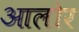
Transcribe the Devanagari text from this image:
आलोर